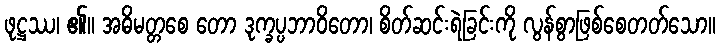
ဖုဋ္ဌဿ၊ ၏။ အဓိမတ္တစေ တော ဒုက္ခပ္ပဘာဝိတော၊ စိတ်ဆင်းရဲခြင်းကို လွန်စွာဖြစ်စေတတ်သော။